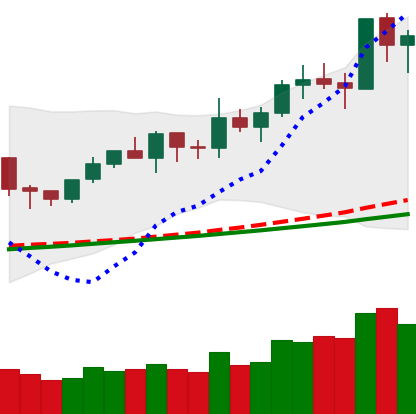
Ticker: NEO-USD
Chart end date: 2020-02-11
Forward return: 7.227%
Label: up_7plus